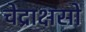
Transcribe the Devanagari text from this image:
चेद्राक्षसो